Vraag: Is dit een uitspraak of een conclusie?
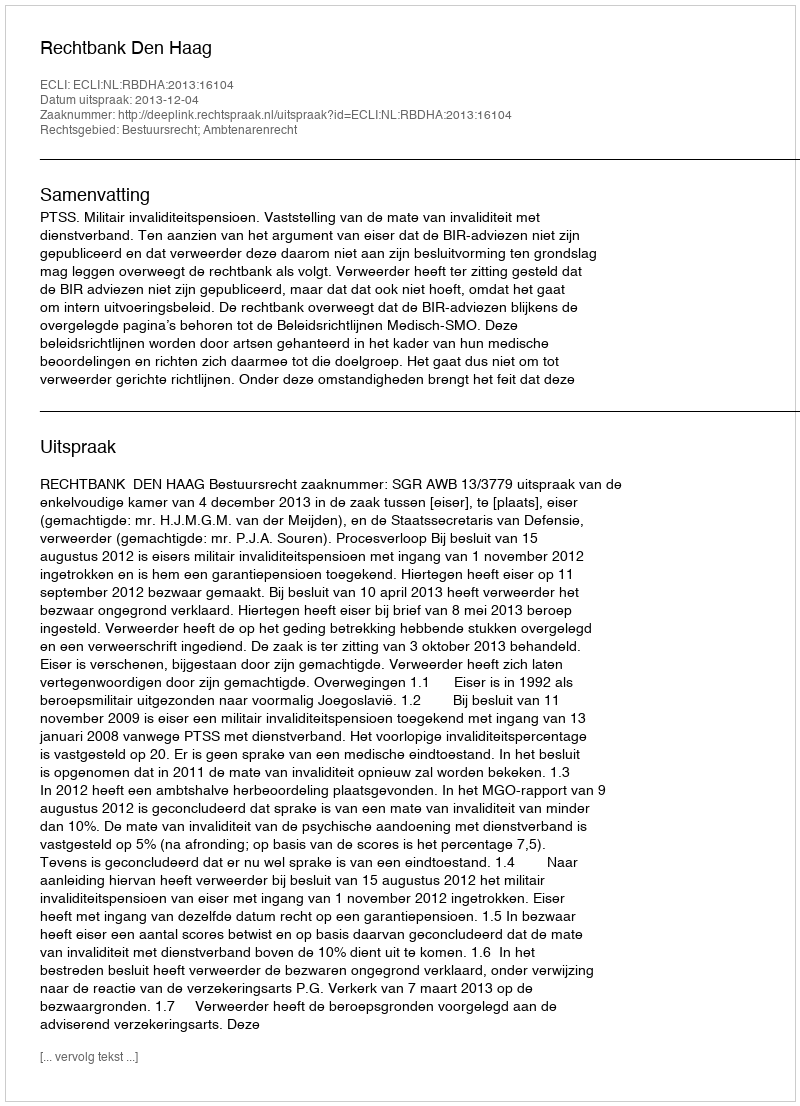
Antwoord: Uitspraak